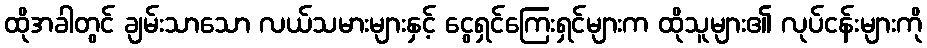
ထိုအခါတွင် ချမ်းသာသော လယ်သမားများနှင့် ငွေရှင်ကြေးရှင်များက ထိုသူများ၏ လုပ်ငန်းများကို